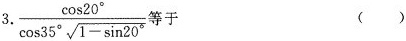
3.\frac{ \cos 20^{ \circ }}{ \cos 35^{ \circ } \sqrt{1- \sin 20^{ \circ }}}等于 ()